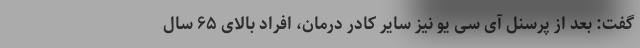
گفت: بعد از پرسنل آی سی یو نیز سایر کادر درمان، افراد بالای ۶۵ سال